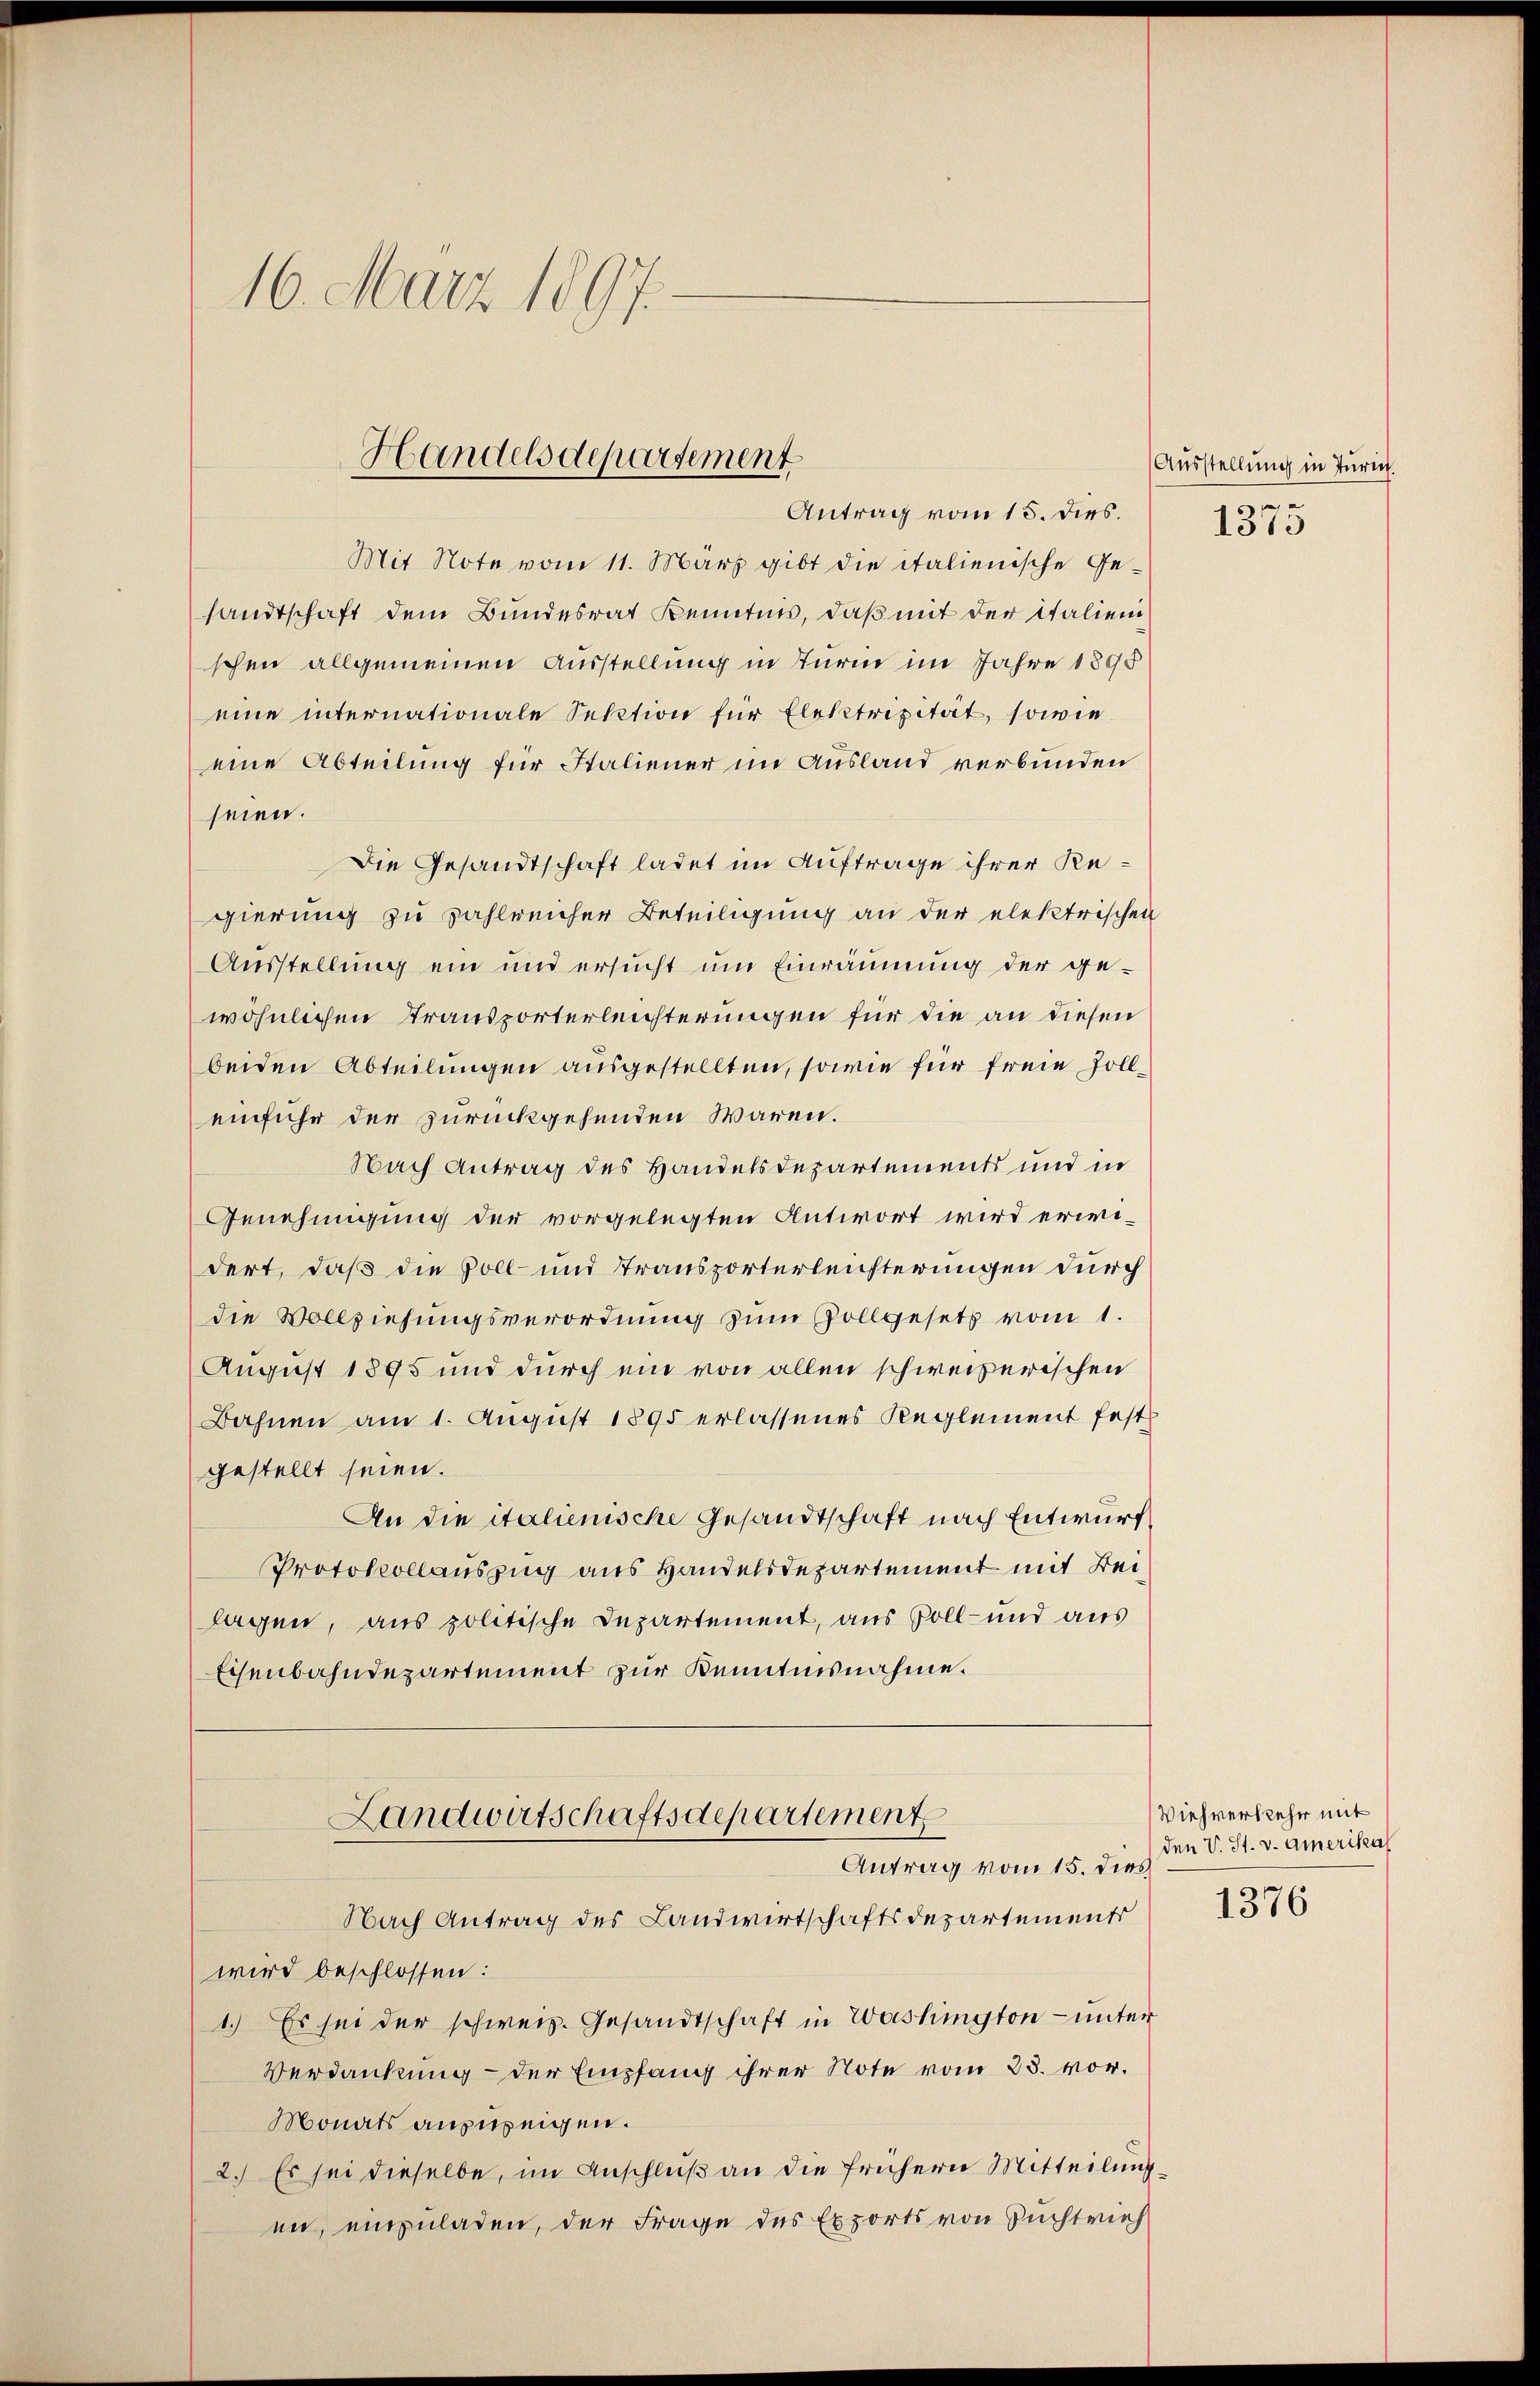
16. März 1897.

Mit Note vom 11. März gibt die italienische Gesandtschaft dem Bundesrat Kenntnis, daß mit der italienischen allgemeinen Ausstellung in Turm im Jahre 1898
eine internationale Sektion für Elektrizität, sowie
eine Abteilung für Italiener nie Ausland verbunden
seien.
Die Gesandtschaft ladet im Auftrage ihrer Regierung zu zahlreicher Beteiligung an der elektrischen
Ausstellung ein und ersucht um Einräumung der ge-
wöhnlichen Transporterleichterungen für die an diesen
beiden Abteilungen ausgestellten, sowie für freie Zolleinfuhr der zurückgehenden Waren.
Nach Antrag des Handelsdepartements und in
Genehmigung der vorgelegten Antwort wird erwidert, daß die Voll- und Transporterleichterungen durch
die Vollziehungsverordnung zum Zollgesetz vom 1.
August 1895 und durch ein von allen schweizerischen
Bahnen am 1. August 1895 erlassenes Reglement festgestellt seien.
An die italienische Gesandtschaft nach Entwurf
Protokollauszug aus Handelsdepartement mit Beilagen, aus politische Departement, aus Soll- und aus
Eisenbahndepartement zur Kenntnisnahme.

Handelsdepartement
Antrag vom 15. dies.

Landwirtschaftsdepartement
Antrag vom 15. dies

Nach Antrag des Landwirtschaftsdepartements
wird beschlossen:
1.) Es sei der schweiz. Gesandtschaft in Washington - unter
Verdankung der Empfang ihrer Note vom 23. vor.
Monats anzuzeigen.
2.) Es sei dieselbe, im Anschluß an die frühern Mitteilung
en, einzuladen, der Frage des Exports von Zuchtrich

Ausstellung in Zürich
1373

Viehverkehr mit
den V. St. v. Amerika

1376